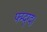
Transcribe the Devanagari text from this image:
फ्म्द्ग्द।